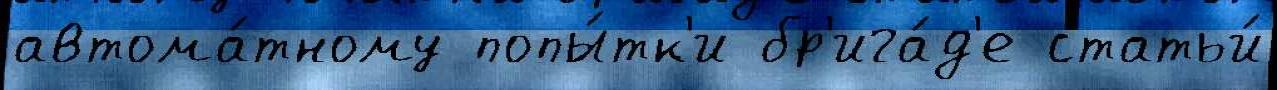
автома́тному попы́тк'и бр'ига́д'е статьи́